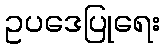
ဥပဒေပြုရေး